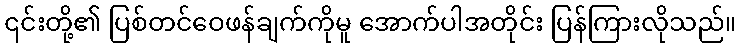
၎င်းတို့၏ ပြစ်တင်ဝေဖန်ချက်ကိုမူ အောက်ပါအတိုင်း ပြန်ကြားလိုသည်။